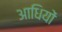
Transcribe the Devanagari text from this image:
आधियों